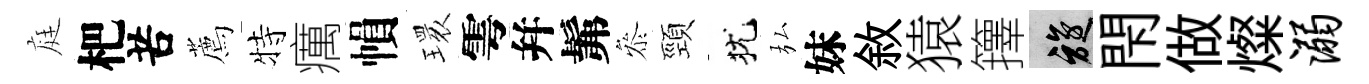
庭杷苦薦特癘𢄙𤨔雩幷髴叅頸犹弘妹敘猿籜旋閇做燦溺